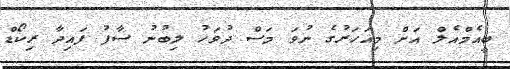
ބީއެމްއެލް އަށް މިއަހަރުގެ ނުވަ މަސް ދުވަހު ލިބުނު ސާފު ފައިދާ ރިކޯޑް